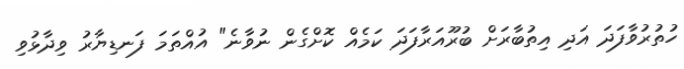
ހުތުރުވާފަދަ އަދި އިތުބާރަށް ބުރޫއަރާފަދަ ކަމެއް ކޮށްގެން ނުވާނެ" އުއްތަމަ ފަނޑިޔާރު ވިދާޅުވި